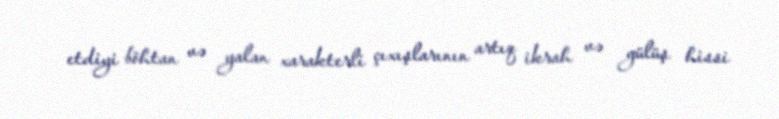
etdiyi böhtan və yalan xarakterli çıxışlarının artıq ikrah və gülüş hissi